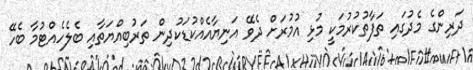
ދަރިންގެ މެދުގައި ތަފާތުކުރުމަކީ މުޅި އުމުރަށް ދެވޭ އަނިޔާއެއްކުޑަކުދިން ތަރުބިއްޔަތާއި ބެލެހެއްޓުމާ ބެހޭ